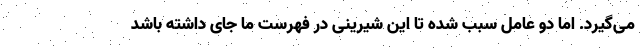
می‌گیرد. اما دو عامل سبب شده تا این شیرینی در فهرست ما جای داشته باشد